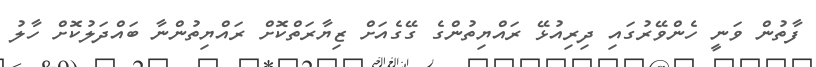
ފާތުން ވަނީ ހެންވޭރުގައި ދިރިއުޅޭ ރައްޔިތުންގެ ގޭގެއަށް ޒިޔާރަތްކޮށް ރައްޔިތުންނާ ބައްދަލުކޮށް ހާލު